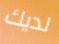
لديك